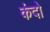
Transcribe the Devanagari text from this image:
कंदो